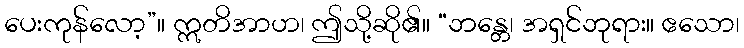
ပေးကုန်လော့”။ ဣတိအာဟ၊ ဤသို့ဆို၏။ “ဘန္တေ၊ အရှင်ဘုရား။ ဧသော၊